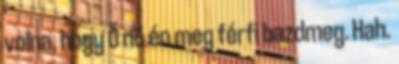
volna, hogy Ő nő én meg férfi bazdmeg. Hah.